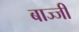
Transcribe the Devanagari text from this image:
बाज्जी